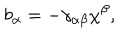
b _ { \alpha } = - \gamma _ { \alpha \beta } \chi ^ { \beta } ,